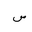
Letter: _sin